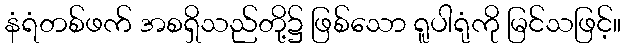
နံရံတစ်ဖက် အစရှိသည်တို့၌ ဖြစ်သော ရူပါရုံကို မြင်သဖြင့်။